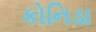
કોનિડા